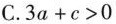
C.3a+c＞0